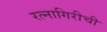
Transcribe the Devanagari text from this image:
रत्‍नागिरीची